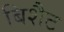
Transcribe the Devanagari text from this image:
बिशैट